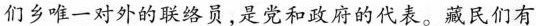
们乡唯一对外的联络员，是党和政府的代表。藏民们有